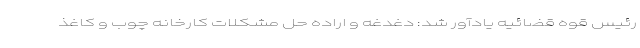
رئیس قوه قضائیه یادآور شد: دغدغه و اراده حل مشکلات کارخانه چوب و کاغذ